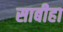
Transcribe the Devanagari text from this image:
साबीहा